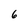
Character: 6